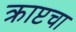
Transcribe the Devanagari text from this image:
क्राप्टचा